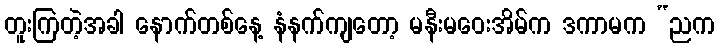
တူးကြတဲ့အခါ နောက်တစ်နေ့ နံနက်ကျတော့ မနီးမဝေးအိမ်က ဒကာမက “ညက